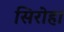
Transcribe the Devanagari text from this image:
सिरोहा